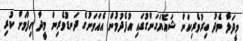
މީދަލާ މެދު ބިރުވެރިކަން ޝައޮޔަގަންގުގައި އުފެދުމުން އެއަވަށުގެ ދަނޑުވެރިން މީދާ ހިފުމަށް ކުރި